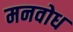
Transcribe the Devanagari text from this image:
मनवोध